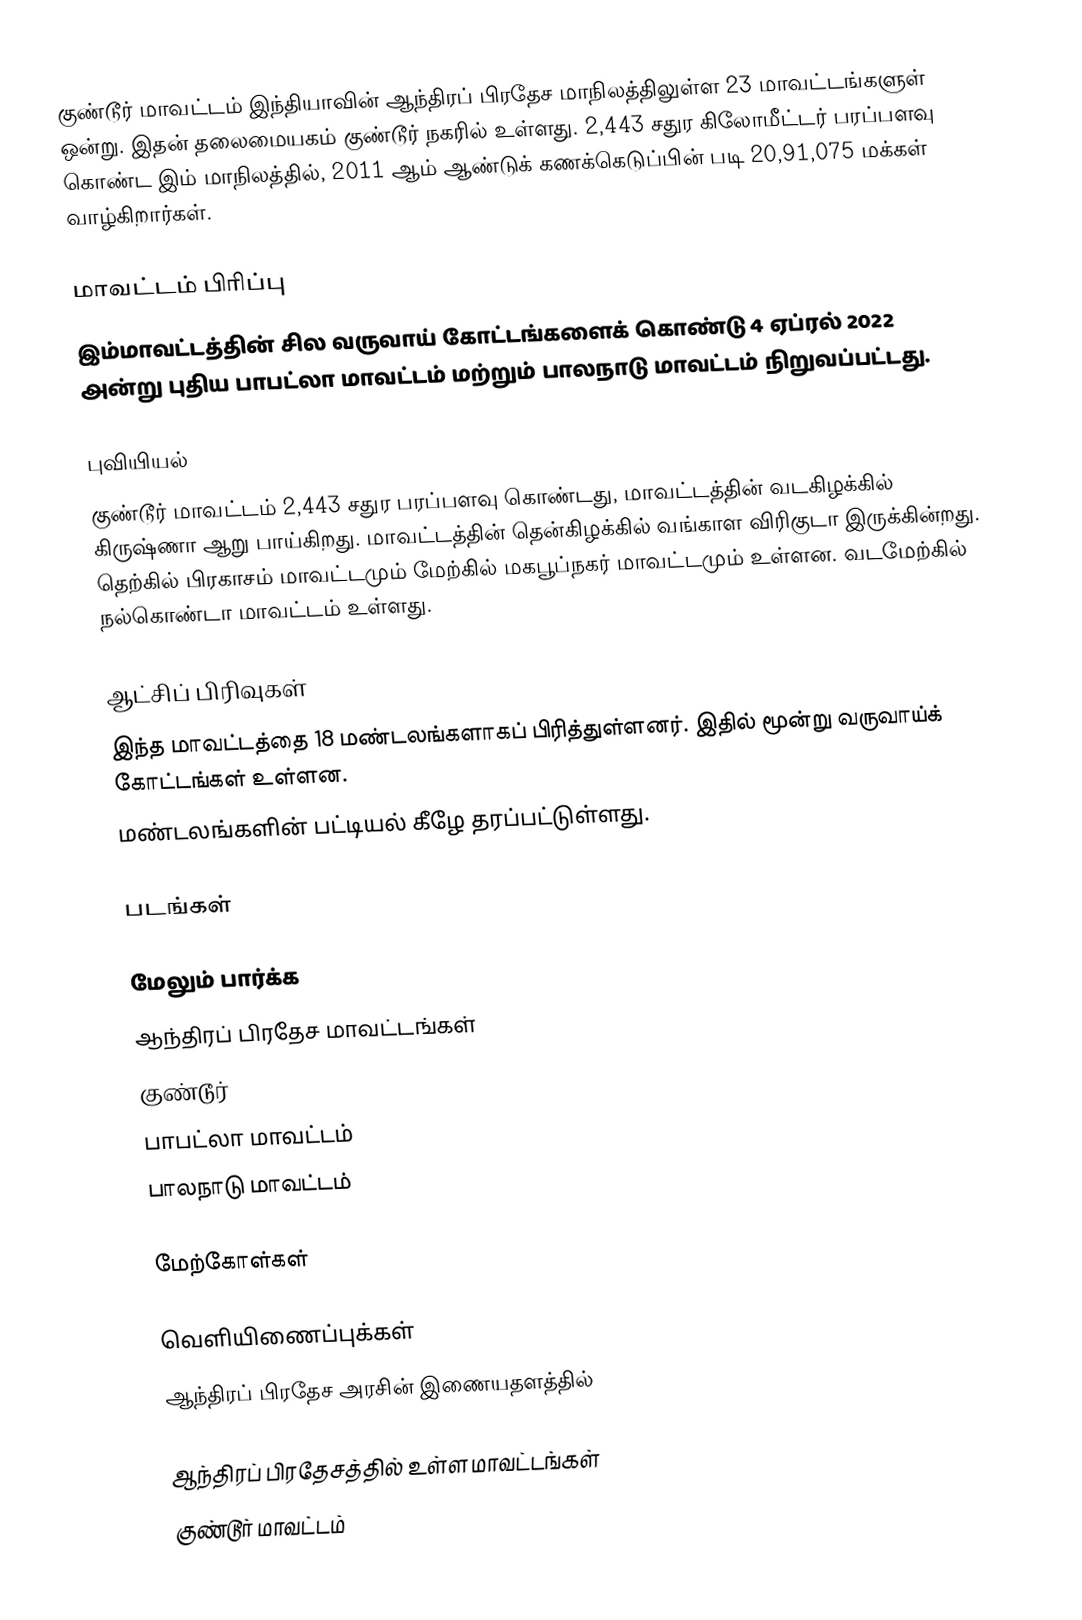
குண்டூர் மாவட்டம் இந்தியாவின் ஆந்திரப் பிரதேச மாநிலத்திலுள்ள 23 மாவட்டங்களுள் ஒன்று. இதன் தலைமையகம் குண்டூர் நகரில் உள்ளது. 2,443 சதுர கிலோமீட்டர் பரப்பளவு கொண்ட இம் மாநிலத்தில், 2011 ஆம் ஆண்டுக் கணக்கெடுப்பின் படி 20,91,075 மக்கள் வாழ்கிறார்கள்.

மாவட்டம் பிரிப்பு
இம்மாவட்டத்தின் சில வருவாய் கோட்டங்களைக் கொண்டு 4 ஏப்ரல் 2022 அன்று  புதிய பாபட்லா மாவட்டம் மற்றும் பாலநாடு மாவட்டம் நிறுவப்பட்டது.

புவியியல்
குண்டூர் மாவட்டம்  2,443 சதுர பரப்பளவு கொண்டது, மாவட்டத்தின் வடகிழக்கில் கிருஷ்ணா ஆறு பாய்கிறது. மாவட்டத்தின் தென்கிழக்கில் வங்காள விரிகுடா இருக்கின்றது. தெற்கில் பிரகாசம் மாவட்டமும் மேற்கில் மகபூப்நகர்  மாவட்டமும் உள்ளன. வடமேற்கில் நல்கொண்டா மாவட்டம் உள்ளது.

ஆட்சிப் பிரிவுகள்
இந்த மாவட்டத்தை 18 மண்டலங்களாகப் பிரித்துள்ளனர். இதில் மூன்று வருவாய்க் கோட்டங்கள் உள்ளன.
மண்டலங்களின் பட்டியல் கீழே தரப்பட்டுள்ளது.

படங்கள்

மேலும் பார்க்க
 ஆந்திரப் பிரதேச மாவட்டங்கள்
 குண்டூர்
 பாபட்லா மாவட்டம்
 பாலநாடு மாவட்டம்

மேற்கோள்கள்

வெளியிணைப்புக்கள்
 ஆந்திரப் பிரதேச அரசின் இணையதளத்தில்

ஆந்திரப் பிரதேசத்தில் உள்ள மாவட்டங்கள்
குண்டூர் மாவட்டம்